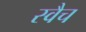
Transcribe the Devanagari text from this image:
स्वैच